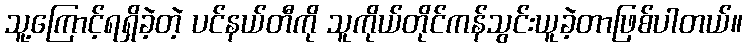
သူ့ကြောင့်ရရှိခဲ့တဲ့ ပင်နယ်တီကို သူကိုယ်တိုင်ကန်သွင်းယူခဲ့တာဖြစ်ပါတယ်။